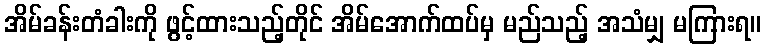
အိမ်ခန်းတံခါးကို ဖွင့်ထားသည့်တိုင် အိမ်အောက်ထပ်မှ မည်သည့် အသံမျှ မကြားရ။